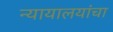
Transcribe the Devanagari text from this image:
न्यायालयांचा